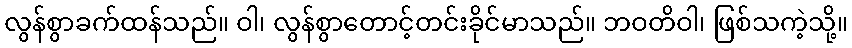
လွန်စွာခက်ထန်သည်။ ဝါ၊ လွန်စွာတောင့်တင်းခိုင်မာသည်။ ဘဝတိဝါ၊ ဖြစ်သကဲ့သို့။